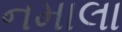
નમાલા